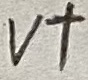
Text: V+